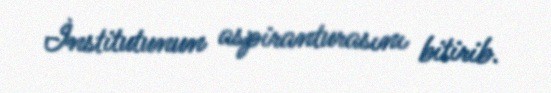
İnstitutunun aspiranturasını bitirib.